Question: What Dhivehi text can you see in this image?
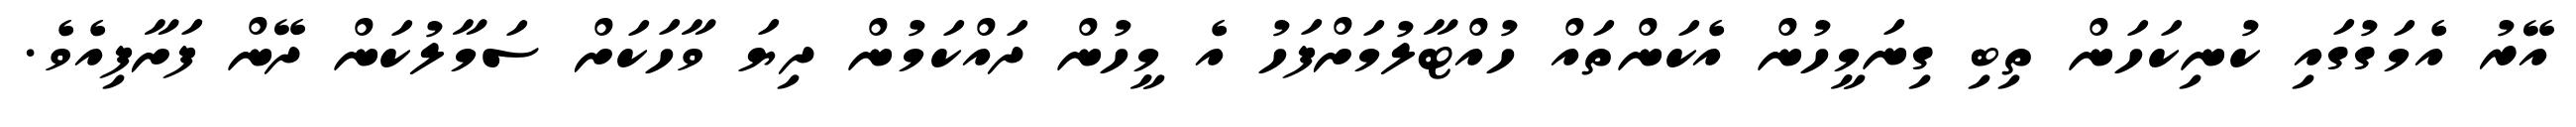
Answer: އޭރު އެމަގުގައި ކުނިކަހަން ތިބި ގިނަމީހުން އެކަންތައް ހުއްޓާލުމަށްފަހު އެ މީހުން ދައްކަމުން ދިޔަ ވާހަކަށް ސަމާލުކަން ދޭން ފަށާފިއެވެ.